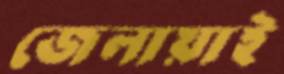
জেলায়াই